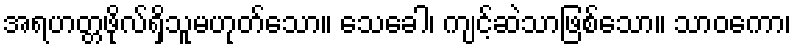
အရဟတ္တဖိုလ်ရှိသူမဟုတ်သော။ သေခေါ၊ ကျင့်ဆဲသာဖြစ်သော။ သာဝကော၊